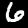
Label: 6